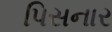
પિસનાર